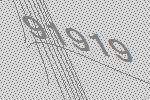
91919